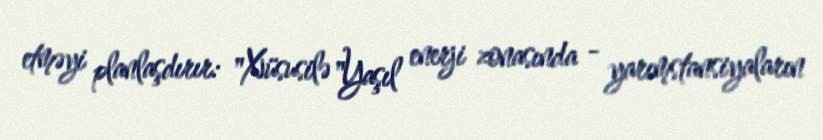
etməyi planlaşdırır: "Xüsusilə "Yaşıl enerji zonasında - yarımstansiyaların